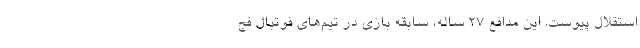
استقلال پیوست. این مدافع ۲۷ ساله، سابقه بازی در تیم‌های فوتبال فج